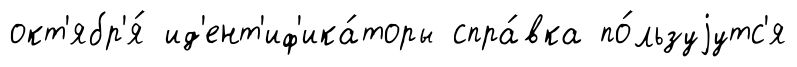
окт'ябр'я́ ид'ент'иф'ика́торы спра́вка по́льзуjутс'я